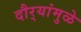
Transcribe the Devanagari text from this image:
दौर्‍यांमुळे